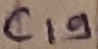
Text: C19